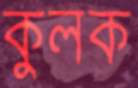
কুলক